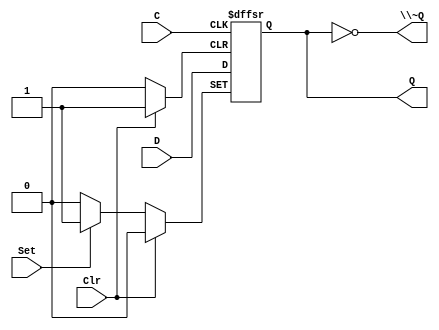
/*
 * Generated by Digital. Don't modify this file!
 * Any changes will be lost if this file is regenerated.
 */

module DIG_D_FF_AS_1bit
#(
    parameter Default = 0
)
(
   input Set,
   input D,
   input C,
   input Clr,
   output Q,
   output \~Q
);
    reg state;

    assign Q = state;
    assign \~Q  = ~state;

    always @ (posedge C or posedge Clr or posedge Set)
    begin
        if (Set)
            state <= 1'b1;
        else if (Clr)
            state <= 'h0;
        else
            state <= D;
    end

    initial begin
        state = Default;
    end
endmodule

// octal D-type flip-flop with clear
module \74273  (
  input CP,
  input \~MR ,
  input D0,
  input D1,
  input D2,
  input D3,
  input D4,
  input D5,
  input D6,
  input D7,
  input VCC,
  input GND,
  output Q0,
  output Q1,
  output Q2,
  output Q3,
  output Q4,
  output Q5,
  output Q6,
  output Q7
);
  wire s0;
  assign s0 = ~ \~MR ;
  DIG_D_FF_AS_1bit #(
    .Default(0)
  )
  DIG_D_FF_AS_1bit_i0 (
    .Set( 1'b0 ),
    .D( D1 ),
    .C( CP ),
    .Clr( s0 ),
    .Q( Q1 )
  );
  DIG_D_FF_AS_1bit #(
    .Default(0)
  )
  DIG_D_FF_AS_1bit_i1 (
    .Set( 1'b0 ),
    .D( D2 ),
    .C( CP ),
    .Clr( s0 ),
    .Q( Q2 )
  );
  DIG_D_FF_AS_1bit #(
    .Default(0)
  )
  DIG_D_FF_AS_1bit_i2 (
    .Set( 1'b0 ),
    .D( D3 ),
    .C( CP ),
    .Clr( s0 ),
    .Q( Q3 )
  );
  DIG_D_FF_AS_1bit #(
    .Default(0)
  )
  DIG_D_FF_AS_1bit_i3 (
    .Set( 1'b0 ),
    .D( D0 ),
    .C( CP ),
    .Clr( s0 ),
    .Q( Q0 )
  );
  DIG_D_FF_AS_1bit #(
    .Default(0)
  )
  DIG_D_FF_AS_1bit_i4 (
    .Set( 1'b0 ),
    .D( D4 ),
    .C( CP ),
    .Clr( s0 ),
    .Q( Q4 )
  );
  DIG_D_FF_AS_1bit #(
    .Default(0)
  )
  DIG_D_FF_AS_1bit_i5 (
    .Set( 1'b0 ),
    .D( D5 ),
    .C( CP ),
    .Clr( s0 ),
    .Q( Q5 )
  );
  DIG_D_FF_AS_1bit #(
    .Default(0)
  )
  DIG_D_FF_AS_1bit_i6 (
    .Set( 1'b0 ),
    .D( D6 ),
    .C( CP ),
    .Clr( s0 ),
    .Q( Q6 )
  );
  DIG_D_FF_AS_1bit #(
    .Default(0)
  )
  DIG_D_FF_AS_1bit_i7 (
    .Set( 1'b0 ),
    .D( D7 ),
    .C( CP ),
    .Clr( s0 ),
    .Q( Q7 )
  );
endmodule

module Driver
(
    input in,
    input sel,
    output out
);
    assign out = (sel == 1'b1)? in : 1'bz;
endmodule

module \74245_ap_ver  (
  input OE,
  input A1,
  input A2,
  input A3,
  input A4,
  input A5,
  input A6,
  input A7,
  input A8,
  input VCC,
  input GND,
  output B1,
  output B2,
  output B3,
  output B4,
  output B5,
  output B6,
  output B7,
  output B8
);
  Driver Driver_i0 (
    .in( A1 ),
    .sel( OE ),
    .out( B1 )
  );
  Driver Driver_i1 (
    .in( A2 ),
    .sel( OE ),
    .out( B2 )
  );
  Driver Driver_i2 (
    .in( A3 ),
    .sel( OE ),
    .out( B3 )
  );
  Driver Driver_i3 (
    .in( A4 ),
    .sel( OE ),
    .out( B4 )
  );
  Driver Driver_i4 (
    .in( A5 ),
    .sel( OE ),
    .out( B5 )
  );
  Driver Driver_i5 (
    .in( A6 ),
    .sel( OE ),
    .out( B6 )
  );
  Driver Driver_i6 (
    .in( A7 ),
    .sel( OE ),
    .out( B7 )
  );
  Driver Driver_i7 (
    .in( A8 ),
    .sel( OE ),
    .out( B8 )
  );
endmodule

module \74273_8_bit_register  (
  input d7,
  input d6,
  input d5,
  input d4,
  input d3,
  input d2,
  input d1,
  input d0,
  input \!Load ,
  input Clock,
  input Enable,
  output bus0,
  output bus1,
  output bus2,
  output bus3,
  output bus4,
  output bus5,
  output bus6,
  output bus7
);
  wire s0;
  wire s1;
  wire s2;
  wire s3;
  wire s4;
  wire s5;
  wire s6;
  wire s7;
  wire s8;
  assign s4 = (~ \!Load  & Clock);
  \74273  \74273_i0 (
    .\~MR ( 1'b1 ),
    .D0( d0 ),
    .D1( d1 ),
    .D2( d2 ),
    .D3( d3 ),
    .GND( 1'b0 ),
    .CP( s4 ),
    .D4( d4 ),
    .D5( d5 ),
    .D6( d6 ),
    .D7( d7 ),
    .VCC( 1'b1 ),
    .Q0( s0 ),
    .Q1( s1 ),
    .Q2( s2 ),
    .Q3( s3 ),
    .Q4( s5 ),
    .Q5( s6 ),
    .Q6( s7 ),
    .Q7( s8 )
  );
  \74245_ap_ver  \74245_ap_ver_i1 (
    .OE( Enable ),
    .A1( s0 ),
    .A2( s1 ),
    .A3( s2 ),
    .A4( s3 ),
    .A5( s5 ),
    .A6( s6 ),
    .A7( s7 ),
    .A8( s8 ),
    .GND( 1'b0 ),
    .VCC( 1'b1 ),
    .B1( bus0 ),
    .B2( bus1 ),
    .B3( bus2 ),
    .B4( bus3 ),
    .B5( bus4 ),
    .B6( bus5 ),
    .B7( bus6 ),
    .B8( bus7 )
  );
endmodule